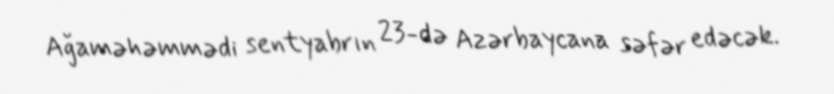
Ağaməhəmmədi sentyabrın 23-də Azərbaycana səfər edəcək.